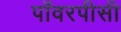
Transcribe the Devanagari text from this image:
पॉवरपीसी